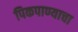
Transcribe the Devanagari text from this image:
पिकपाण्याचा